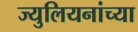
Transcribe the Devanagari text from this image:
ज्युलियनांच्या